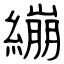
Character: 繃